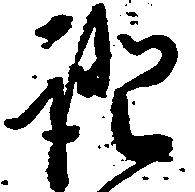
証